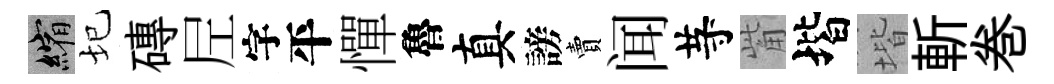
縮圮磚𡰱字平憚魯真謗賣闻䒭觜堦堦斬巻